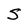
Character: S